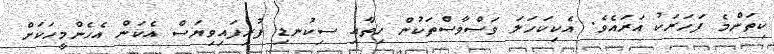
ކިތަންމެ ފަހަރަކު އަރައެވެ. އެކިކަހަލަ ވަސްވާސްތަކުންް ހިތާާއި ސިކުނޑި ފުރިފައިވިިޔަސް އެކަން އެހެންމީހަކަށް